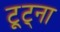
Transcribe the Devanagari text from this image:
टूट्ना